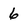
Character: 6